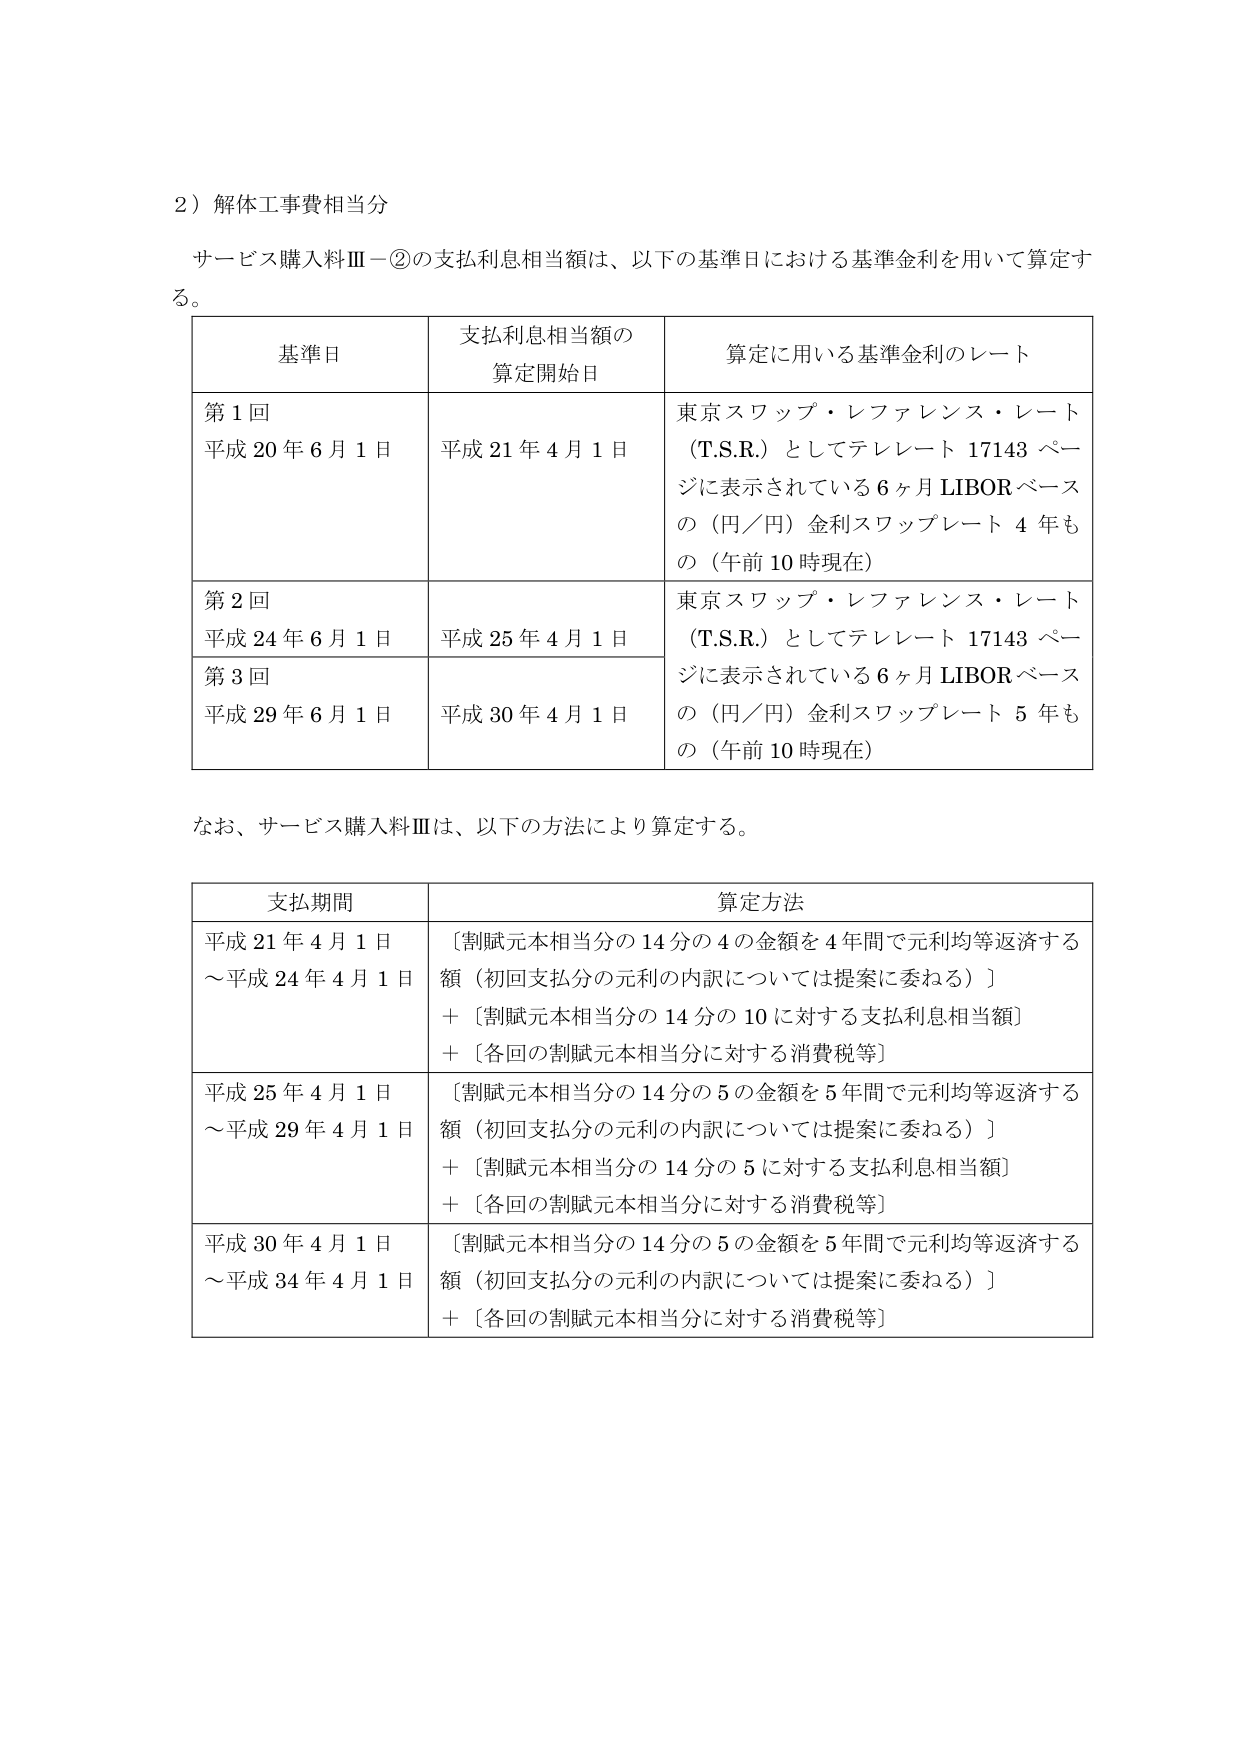
2）解体工事費相当分

サービス購入料Ⅲ－②の支払利息相当額は、以下の基準日における基準金利を用いて算定する。

| 基準日 | 支払利息相当額の算定開始日 | 算定に用いる基準金利のレート |
|--------|-----------------------------|------------------------------|
| 第1回<br>平成20年6月1日 | 平成21年4月1日 | 東京スワップ・レファレンス・レート（T.S.R.）としてテレレート17143ページに表示されている6ヶ月LIBORベースの（円／円）金利スワップレート4年もの（午前10時現在） |
| 第2回<br>平成24年6月1日 | 平成25年4月1日 | 東京スワップ・レファレンス・レート（T.S.R.）としてテレレート17143ページに表示されている6ヶ月LIBORベースの（円／円）金利スワップレート5年もの（午前10時現在） |
| 第3回<br>平成29年6月1日 | 平成30年4月1日 | |

なお、サービス購入料Ⅲは、以下の方法により算定する。

| 支払期間 | 算定方法 |
|----------|----------|
| 平成21年4月1日～平成24年4月1日 | ［割賦元本相当分の14分の4の金額を4年間で元利均等返済する額（初回支払分の元利の内訳については提案に委ねる）］<br>+［割賦元本相当分の14分の10に対する支払利息相当額］<br>+［各回の割賦元本相当分に対する消費税等］ |
| 平成25年4月1日～平成29年4月1日 | ［割賦元本相当分の14分の5の金額を5年間で元利均等返済する額（初回支払分の元利の内訳については提案に委ねる）］<br>+［割賦元本相当分の14分の5に対する支払利息相当額］<br>+［各回の割賦元本相当分に対する消費税等］ |
| 平成30年4月1日～平成34年4月1日 | ［割賦元本相当分の14分の5の金額を5年間で元利均等返済する額（初回支払分の元利の内訳については提案に委ねる）］<br>+［各回の割賦元本相当分に対する消費税等］ |